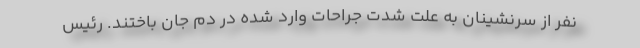
نفر از سرنشینان به علت شدت جراحات وارد شده در دَم جان باختند. رئیس